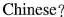
Chinese?